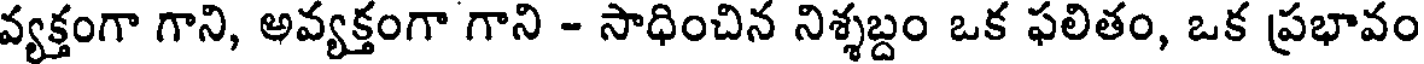
వ్యక్తంగా గాని, అవ్యక్తంగా గాని - సాధించిన నిశ్శబ్దం ఒక ఫలితం, ఒక ప్రభావం